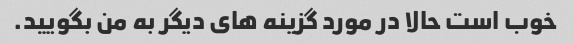
خوب است حالا در مورد گزینه های دیگر به من بگویید.